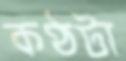
কণ্ঠটা